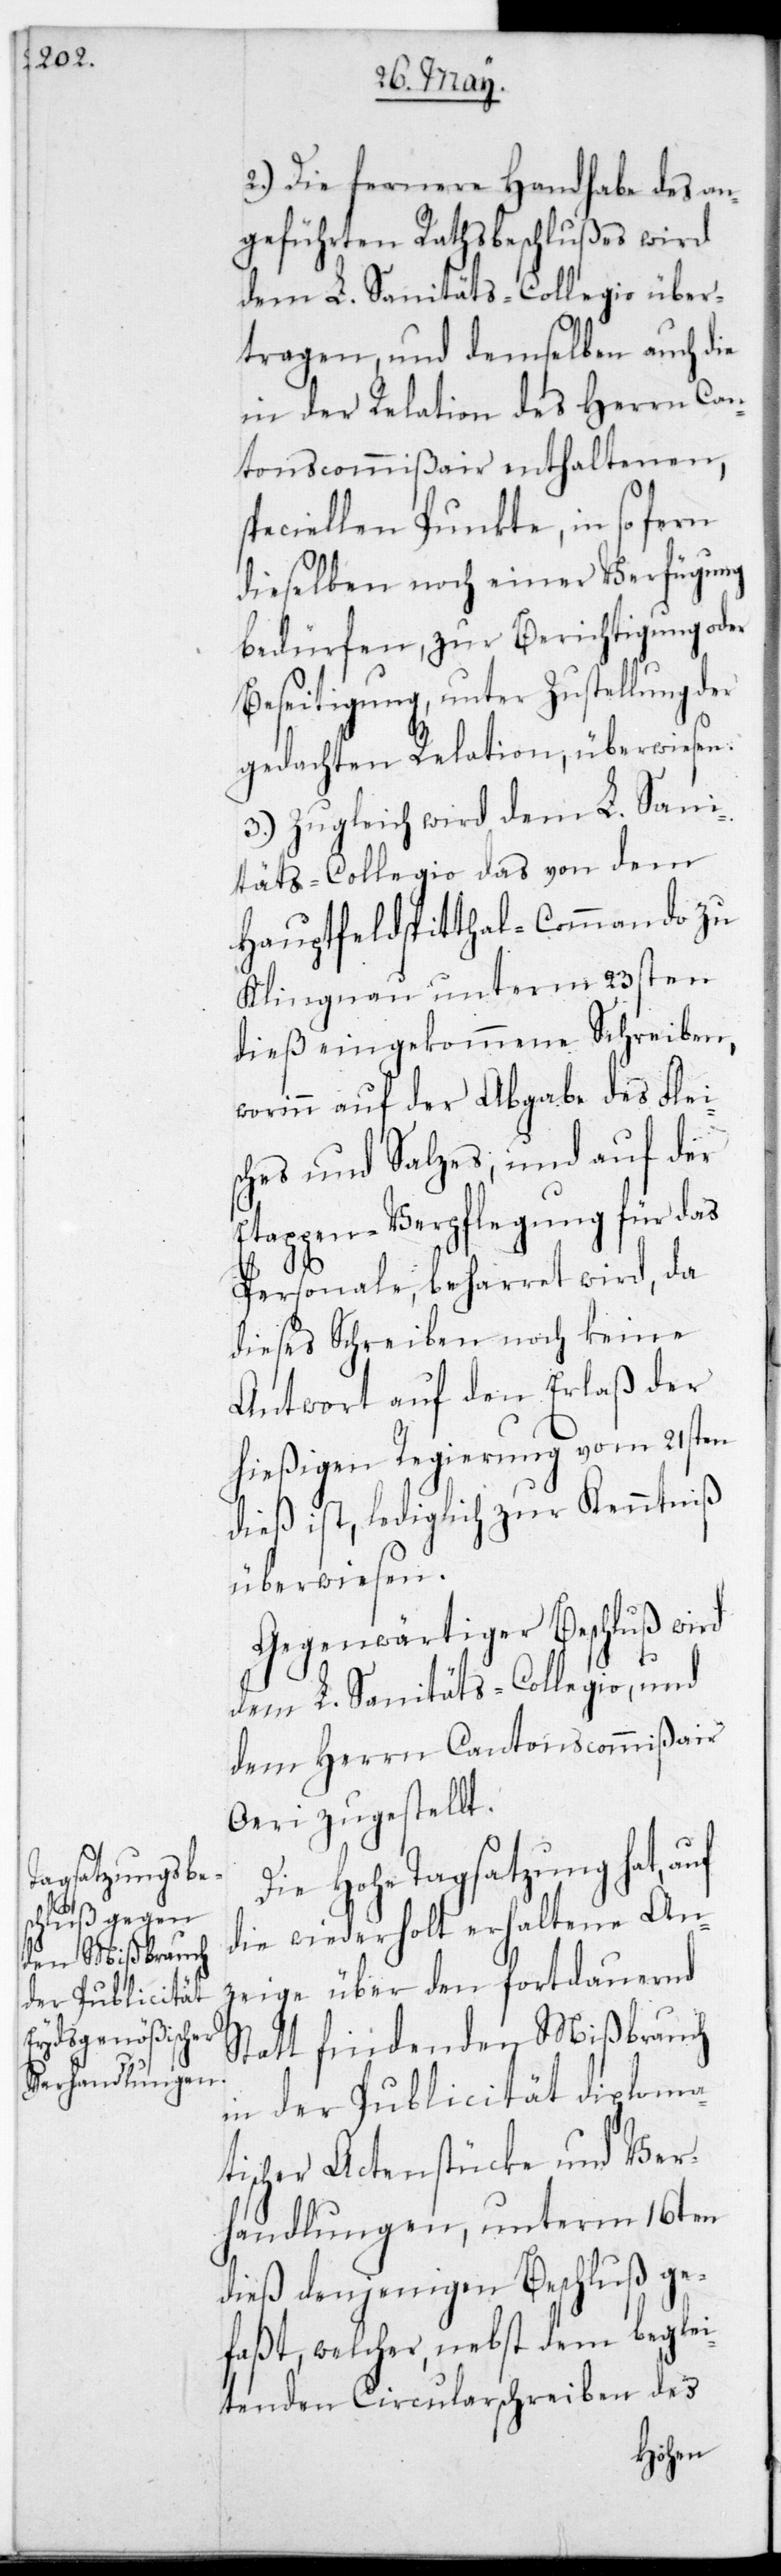
2.) Die fernere Handhabe des an¬
geführten Rathsbeschlußes wird
dem L. Sanitäts-Collegio über¬
tragen, und demselben auch die
in der Relation des Herrn Can¬
tonsCommißair enthaltenen,
speciellen Punkte, in so fern
dieselben noch einer Verfügung
bedürfen, zur Berichtigung oder
Beseitigung, unter Zustellung der
gedachten Relation, überwiesen.
3.) Zugeich wird dem L. San¬
itäts-Collegio das von dem
Hauptfeldspitthal-Commando zu
Klingnau unterm 23sten
dieß eingekommene Schreiben,
worinn auf der Abgabe des Flei¬
sches und Salzes, und auf der
Etappen-Verpflegung für das
Personale, beharret wird, da
dieses Schreiben noch keine
Antwort auf den Erlaß der
hießigen Regierung vom 21sten
dieß ist, lediglich zur Kenntniß
überwiesen.
Gegenwärtiger Beschluß wird
dem L. Sanitäts-Collegio und
dem Herrn Cantonscommißair
Oeri zugestellt.
Die Hohe Tagsatzung hat,
die wiederholt erhaltene An¬
zeige über den fortdauernd
stattfindenden Mißbrauch
in der Publicität diploma¬
tischer Actenstücke und Ver¬
handlungen, unterm 16ten
dieß denjenigen Beschluß ge¬
faßt, welcher nebst dem beglei¬
tenden Circularschreiben des